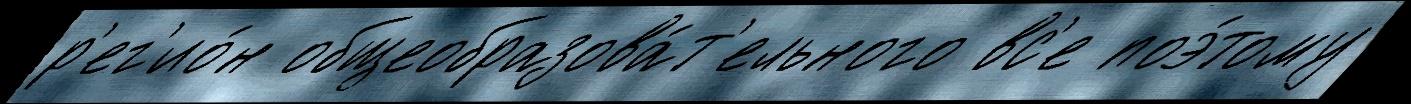
р'ег'ио́н общеобразова́т'ельного вс'е поэ́тому